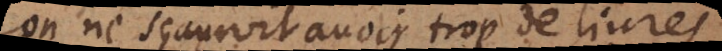
on ne sçauroit avoir trop de livres